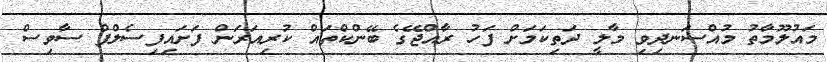
މައުލޫމާތު މުއްސަނދިވި މާލީ ދަތިކަމަށް ފަހު ރާއްޖޭގެ ބޭންކްތައް ކުރިއަރަން ފަށައިފިސެލްފް ސާވިސް